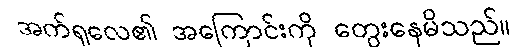
အက်ရှလေ၏ အကြောင်းကို တွေးနေမိသည်။